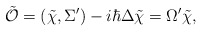
\begin{align*}\tilde{\cal O}=(\tilde\chi,\Sigma^\prime)-i\hbar\Delta \tilde\chi=\Omega^\prime \tilde\chi,\end{align*}